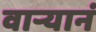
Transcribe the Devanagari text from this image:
वार्‍यानं